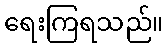
ရေးကြရသည်။